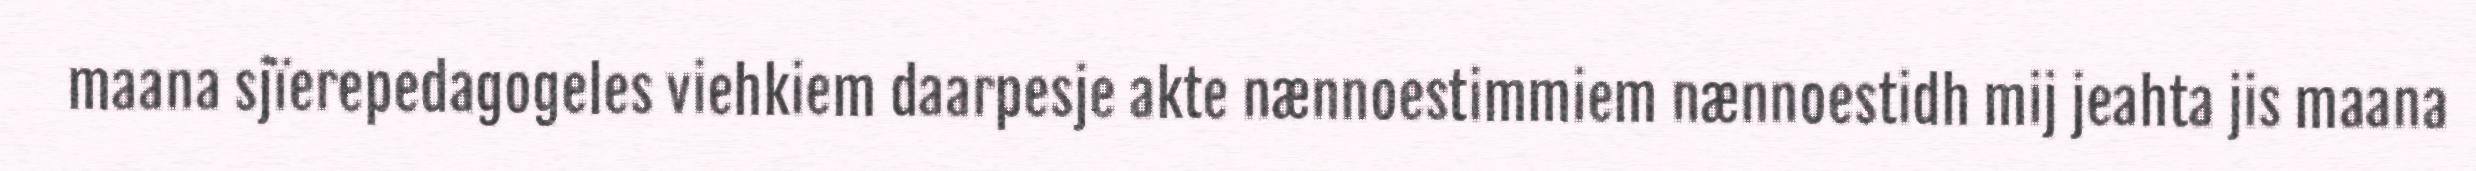
maana sjïerepedagogeles viehkiem daarpesje akte nænnoestimmiem nænnoestidh mij jeahta jis maana